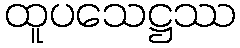
ထူပသေဋ္ဌဿ